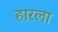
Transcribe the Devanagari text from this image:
हारला